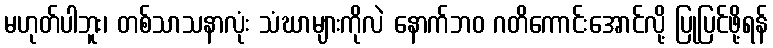
မဟုတ်ပါဘူး၊ တစ်သာသနာလုံး သံဃာများကိုလဲ နောက်ဘဝ ဂတိကောင်းအောင်လို့ ပြုပြင်ဖို့ရန်